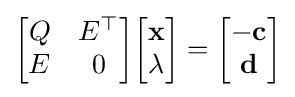
{\begin{bmatrix}Q&E^{\top }\\E&0\end{bmatrix}}{\begin{bmatrix}\mathbf {x} \\\lambda \end{bmatrix}}={\begin{bmatrix}-\mathbf {c} \\\mathbf {d} \end{bmatrix}}